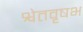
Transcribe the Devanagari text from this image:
श्वेतवृषभ